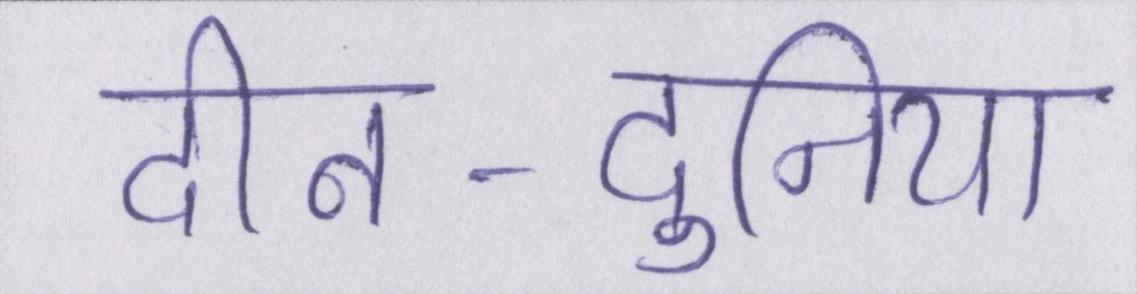
दीन-दुनिया